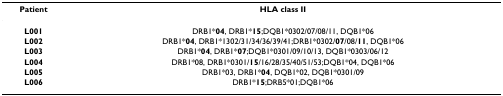
<table><thead><tr><td><b>Patient</b></td><td><b>HLA class II</b></td></tr></thead><tbody><tr><td><b>L001</b></td><td>DRB1*<b>04</b>, DRB1*<b>15</b>;DQB1*0302/07/08/11, DQB1*06</td></tr><tr><td><b>L002</b></td><td>DRB1*<b>04</b>, DRB1*1302/31/34/36/39/41;DRB1*0302/<b>07</b>/08/<b>11</b>, DQB1*06</td></tr><tr><td><b>L003</b></td><td>DRB1*<b>04</b>, DRB1*<b>07</b>;DQB1*0301/09/10/13, DQB1*0303/06/12</td></tr><tr><td><b>L004</b></td><td>DRB1*08, DRB1*0301/<b>15</b>/16/28/35/40/51/53;DQB1*04, DQB1*06</td></tr><tr><td><b>L005</b></td><td>DRB1*03, DRB1*<b>04</b>, DQB1*02, DQB1*0301/09</td></tr><tr><td><b>L006</b></td><td>DRB1*<b>15</b>;DRB5*01;DQB1*06</td></tr></tbody></table>